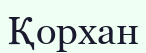
Қорхан